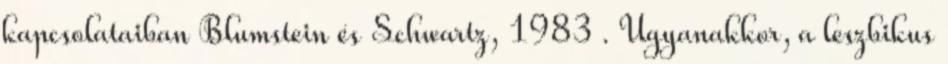
kapcsolataiban Blumstein és Schwartz, 1983 . Ugyanakkor, a leszbikus